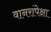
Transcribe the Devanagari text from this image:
वानरांपेक्षा